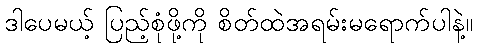
ဒါပေမယ့် ပြည့်စုံဖို့ကို စိတ်ထဲအရမ်းမရောက်ပါနဲ့။